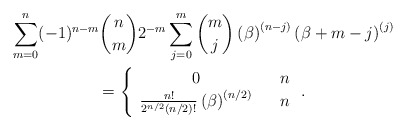
\begin{gather*}\sum_{m=0}^{n}(-1)^{n-m}\binom{n}{m}2^{-m}\sum_{j=0}^{m}\binom{m}{j}\left(\beta \right) ^{\left( n-j\right) }\left( \beta +m-j\right) ^{\left(j\right) } \\=\left\{ \begin{array}{ccc}0 & & n \\ \frac{n!}{2^{n/2}(n/2)!}\left( \beta \right) ^{\left( n/2\right) } & & n\end{array}\right. .\end{gather*}